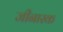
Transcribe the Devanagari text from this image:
जीनास्‍क